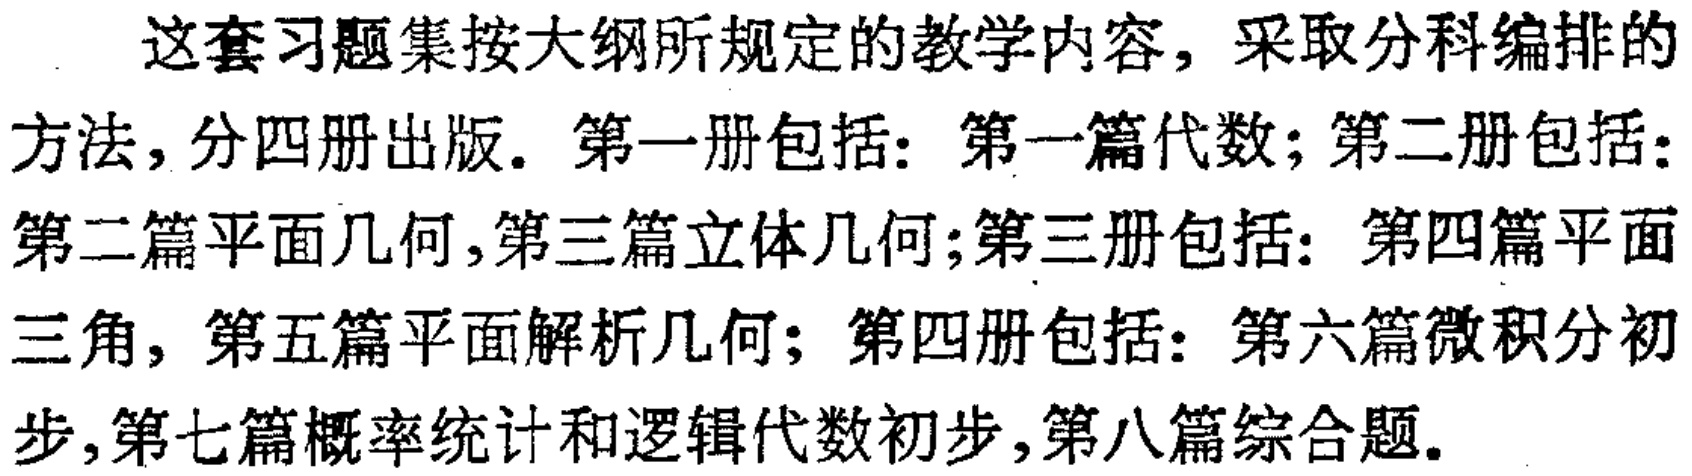
这套习题集按大纲所规定的教学内容，采取分科编排的方法，分四册出版。第一册包括：第一篇代数；第二册包括：第二篇平面几何,第三篇立体几何;第三册包括：第四篇平面三角，第五篇平面解析几何；第四册包括：第六篇微积分初步,第七篇概率统计和逻辑代数初步,第八篇综合题。